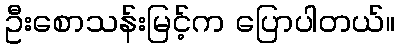
ဦးစောသန်းမြင့်က ပြောပါတယ်။